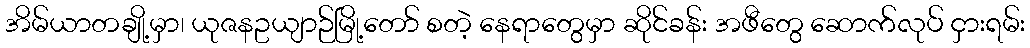
အိမ်ယာတချို့မှာ၊ ယုဇနဥယျာဉ်မြို့တော် စတဲ့ နေရာတွေမှာ ဆိုင်ခန်း အဖီတွေ ဆောက်လုပ် ငှားရမ်း